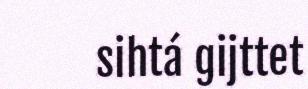
sihtá gijttet